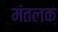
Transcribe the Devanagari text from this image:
मंतलक